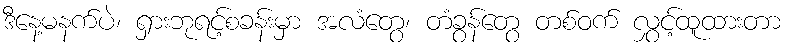
ဒီနေ့မနက်ပဲ၊ ရှားဘုရင့်စခန်းမှာ အလံတွေ၊ တံခွန်တွေ တစ်ဝက် လွှင့်ထူထားတာ